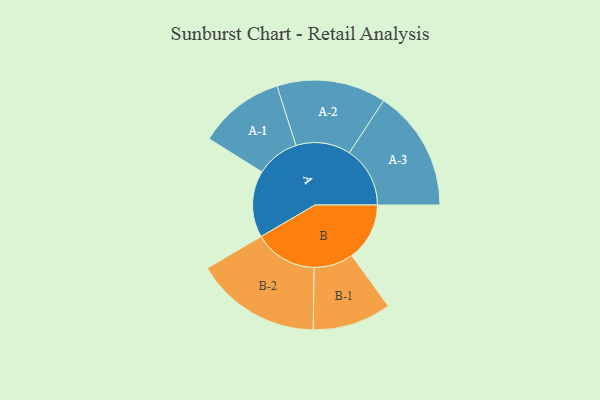
{"axis": {"x": "Segment", "y": "Value"}, "legend": ["", "A", "B"], "data": [{"x": "A", "y": 232, "type": ""}, {"x": "B", "y": 201, "type": ""}, {"x": "A-1", "y": 150, "type": "A"}, {"x": "A-2", "y": 190, "type": "A"}, {"x": "A-3", "y": 211, "type": "A"}, {"x": "B-1", "y": 137, "type": "B"}, {"x": "B-2", "y": 219, "type": "B"}]}